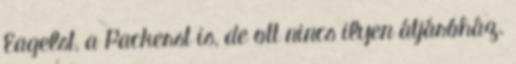
Eagelst, a Packerst is, de ott nincs ilyen átjáróház.